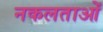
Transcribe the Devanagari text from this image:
नकलताओं